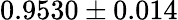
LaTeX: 0.9530\pm 0.014